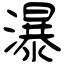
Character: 瀑